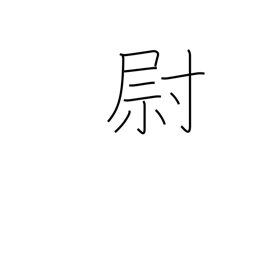
Meaning: old man